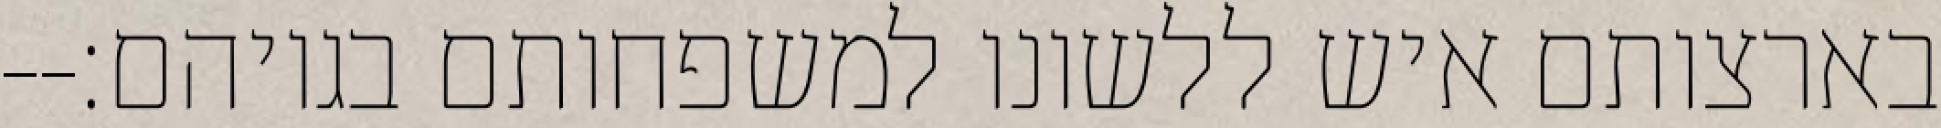
בארצותם איש ללשונו למשפחותם בגויהם׃--